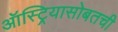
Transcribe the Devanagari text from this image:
ऑस्ट्रियासोबतची